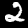
Label: 2